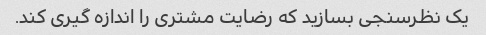
یک نظرسنجی بسازید که رضایت مشتری را اندازه گیری کند.